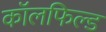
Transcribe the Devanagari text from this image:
कॉलफिल्ड